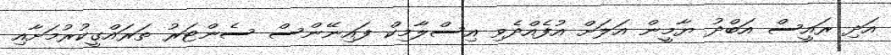
އަދި ރައީސް އަބްދު ޔާމީން އަލަށް އުފެއްދެވި އިސްލާމިކް ފައިނޭންސް ސެންޓަރު ތަރައްގީކުރުމަށާއި